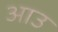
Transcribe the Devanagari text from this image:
आउ